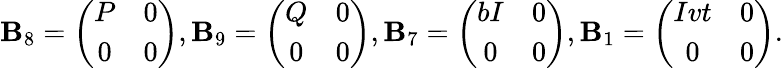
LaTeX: \mathbf{B}_{8}=\left(\begin{array}{cc}{{P}}&{{0}}\\ {{0}}&{{0}}\end{array}\right),\mathbf{B}_{9}=\left(\begin{array}{cc}{{Q}}&{{0}}\\ {{0}}&{{0}}\end{array}\right),\mathbf{B}_{7}=\left(\begin{array}{cc}{{bI}}&{{0}}\\ {{0}}&{{0}}\end{array}\right),\mathbf{B}_{1}=\left(\begin{array}{cc}{{Ivt}}&{{0}}\\ {{0}}&{{0}}\end{array}\right).